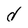
Character: d